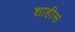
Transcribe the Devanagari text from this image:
शाहीस